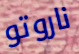
ناروتو